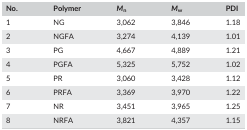
<table><thead><tr><td><b>No.</b></td><td><b>Polymer</b></td><td><b><i>M</i><sub>n</sub></b></td><td><b><i>M</i><sub>w</sub></b></td><td><b>PDI</b></td></tr></thead><tbody><tr><td>1</td><td>NG</td><td>3,062</td><td>3,846</td><td>1.18</td></tr><tr><td>2</td><td>NGFA</td><td>3,274</td><td>4,139</td><td>1.01</td></tr><tr><td>3</td><td>PG</td><td>4,667</td><td>4,889</td><td>1.21</td></tr><tr><td>4</td><td>PGFA</td><td>5,325</td><td>5,752</td><td>1.02</td></tr><tr><td>5</td><td>PR</td><td>3,060</td><td>3,428</td><td>1.12</td></tr><tr><td>6</td><td>PRFA</td><td>3,369</td><td>3,970</td><td>1.22</td></tr><tr><td>7</td><td>NR</td><td>3,451</td><td>3,965</td><td>1.25</td></tr><tr><td>8</td><td>NRFA</td><td>3,821</td><td>4,357</td><td>1.15</td></tr></tbody></table>